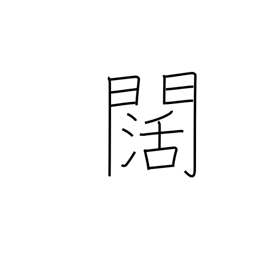
Meaning: wide